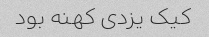
کیک یزدی کهنه بود